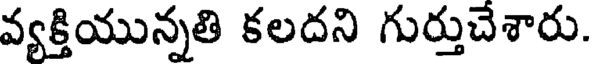
వ్యక్తియున్నతి కలదని గుర్తుచేశారు.